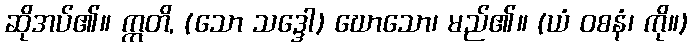
ဆိုအပ်၏။ ဣတိ, (သော သဒ္ဒေါ) ဃောသော၊ မည်၏။ (ယံ ဝစနံ၊ ကို။)